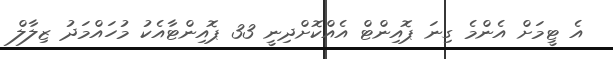
އެ ޓީމަށް އެންމެ ގިނަ ޕޮއިންޓް އެއްކޮށްދިނީ 33 ޕޮއިންޓާއެކު މުހައްމަދު ޒިލާލް